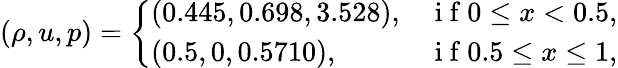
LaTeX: (\rho,u,p)=\left\{ \begin{array}{ll}{(0.445,0.698,3.528),}&{\mathrm{~i~f~}0\leq x<0.5,}\\ {(0.5,0,0.5710),}&{\mathrm{~i~f~}0.5\leq x\leq 1,}\end{array}\right.